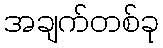
အချက်တစ်ခု